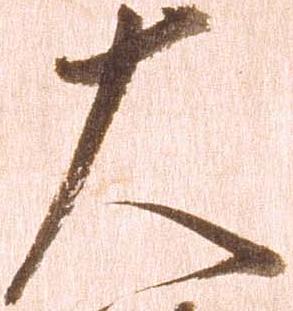
大